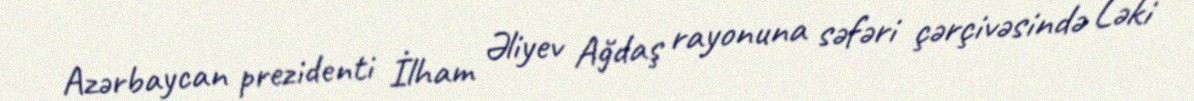
Azərbaycan prezidenti İlham Əliyev Ağdaş rayonuna səfəri çərçivəsində Ləki